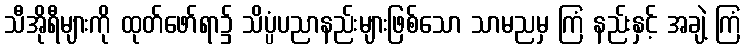
သီအိုရီများကို ထုတ်ဖော်ရာ၌ သိပ္ပံပညာနည်းများဖြစ်သော သာမညမှ ကြံ နည်းနှင့် အချဲ့ ကြံ